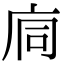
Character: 𢈉